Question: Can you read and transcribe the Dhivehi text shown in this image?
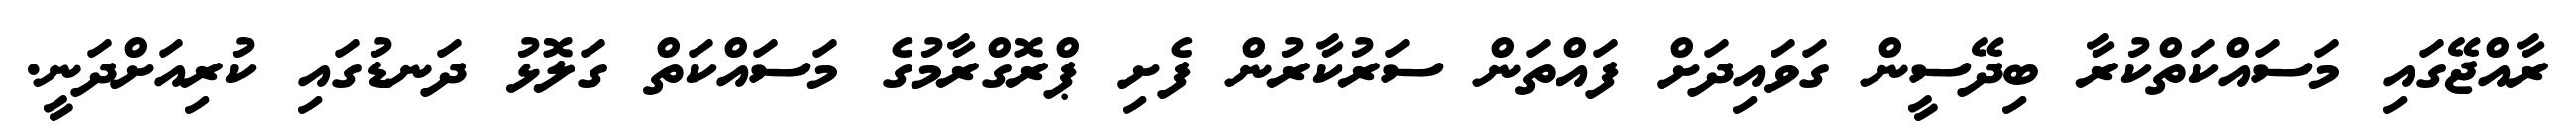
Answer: ރާއްޖޭގައި މަސައްކަތްކުރާ ބިދޭސީން ގަވައިދަށް ފައްތަން ސަރުކާރުން ފެށި ޕްރޮގްރާމުގެ މަސައްކަތް ގަލޮޅު ދަނޑުގައި ކުރިއަށްދަނީ.